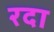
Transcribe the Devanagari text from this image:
रदा